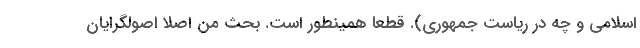
اسلامی و چه در ریاست جمهوری). قطعا همینطور است. بحث من اصلا اصولگرایان